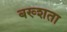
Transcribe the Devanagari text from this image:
बख्शता